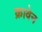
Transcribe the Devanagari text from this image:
क्रावेन